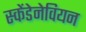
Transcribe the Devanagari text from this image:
स्केंडेनेवियन